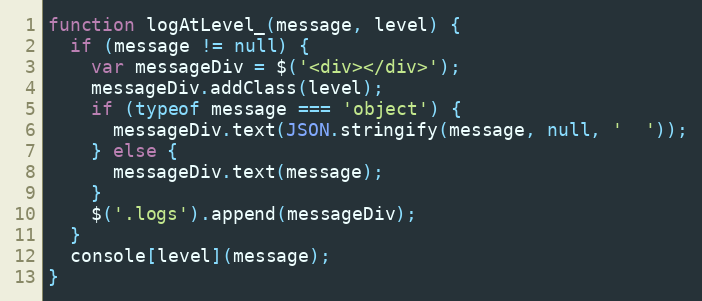
Language: JavaScript
function logAtLevel_(message, level) {
  if (message != null) {
    var messageDiv = $('<div></div>');
    messageDiv.addClass(level);
    if (typeof message === 'object') {
      messageDiv.text(JSON.stringify(message, null, '  '));
    } else {
      messageDiv.text(message);
    }
    $('.logs').append(messageDiv);
  }
  console[level](message);
}